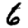
Digit: 6